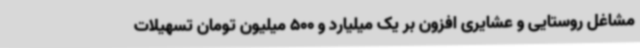
مشاغل روستایی و عشایری افزون بر یک میلیارد و 500 میلیون تومان تسهیلات